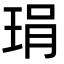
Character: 琄